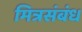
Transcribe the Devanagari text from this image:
मित्रसंबंध